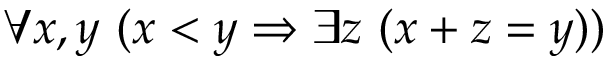
\forall x , y \ ( x < y \Rightarrow \exists z \ ( x + z = y ) )